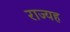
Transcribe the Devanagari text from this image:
राज्यह